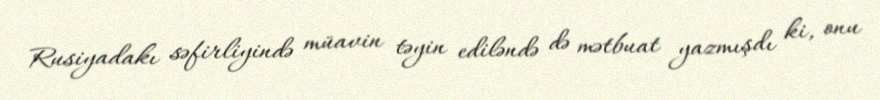
Rusiyadakı səfirliyində müavin təyin ediləndə də mətbuat yazmışdı ki, onu